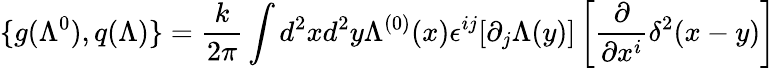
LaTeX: \{ g(\Lambda^{0}),q(\Lambda)\} =\frac k{2\pi}\int d^{2}xd^{2}y\Lambda^{(0)}(x)\epsilon^{ij}[\partial_{j}\Lambda(y)]\left[\frac\partial{\partial x^{i}}\delta^{2}(x-y)\right]